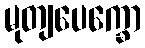
မုတျပေက္ခော